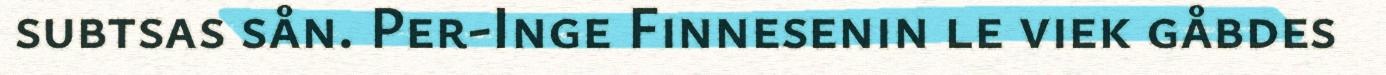
subtsas sån. Per-Inge Finnesenin le viek gåbdes